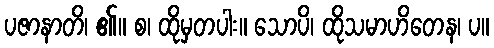
ပဇာနာတိ၊ ၏။ စ၊ ထိုမှတပါး။ သောပိ၊ ထိုသမာဟိတေန၊ ပ။